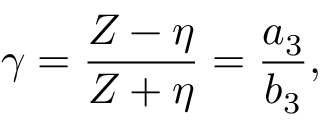
\gamma = \frac { Z - \eta } { Z + \eta } = \frac { a _ { 3 } } { b _ { 3 } } ,